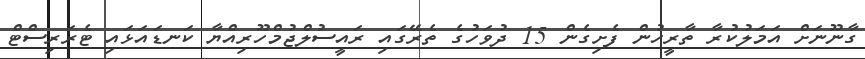
ގާނޫނަށް އަމަލުކުރާ ތާރީހުން ފެށިގެން 15 ދުވަހުގެ ތެރޭގައި ރައީސުލްޖުމްހޫރިއްޔާ ކަނޑައަޅައި ޓެރަރިސްޓް